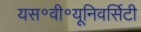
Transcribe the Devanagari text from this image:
यस॰वी॰यूनिवर्सिटी